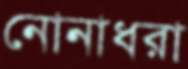
নোনাধরা